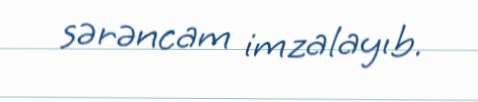
sərəncam imzalayıb.